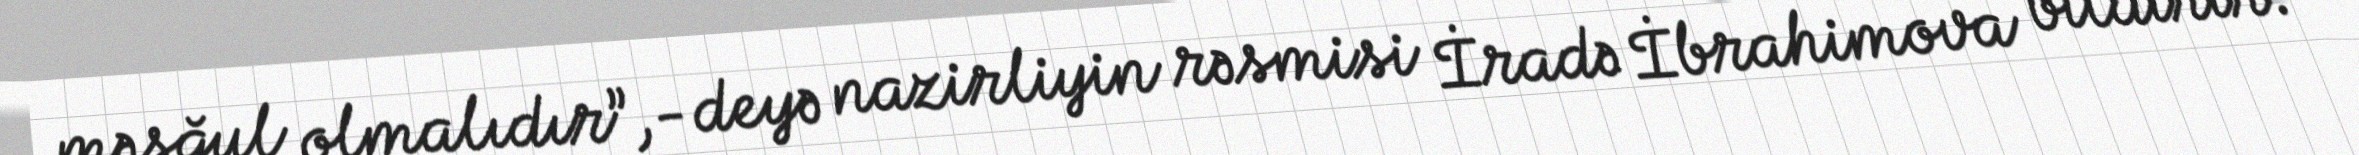
məşğul olmalıdır”,- deyə nazirliyin rəsmisi İradə İbrahimova bildirir.